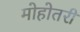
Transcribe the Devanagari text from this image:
मोहोतरी